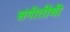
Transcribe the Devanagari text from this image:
संगीतींची